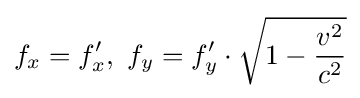
f_{x}=f'_{x},\ f_{y}=f'_{y}\cdot {\sqrt {1-{\frac {v^{2}}{c^{2}}}}}